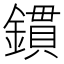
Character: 鏆